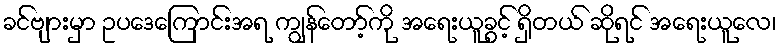
ခင်ဗျားမှာ ဥပဒေကြောင်းအရ ကျွန်တော့်ကို အရေးယူခွင့် ရှိတယ် ဆိုရင် အရေးယူလေ၊